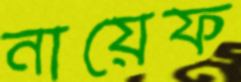
নায়েফ